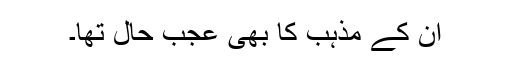
ان کے مذہب کا بھی عجب حال تھا۔